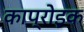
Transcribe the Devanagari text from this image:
काप्रोइक